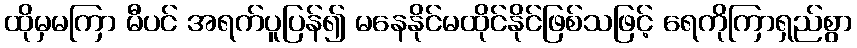
ထိုမှမကြာ မီပင် အရက်ပူပြန်၍ မနေနိုင်မထိုင်နိုင်ဖြစ်သဖြင့် ရေကိုကြာရှည်စွာ